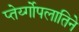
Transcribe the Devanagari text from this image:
प्तेर्य्गोपलातिने